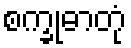
စက္ခုဓာတုံ